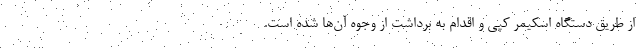
از طریق دستگاه اسکیمر کپی و اقدام به برداشت از وجوه آن‌ها شده است.